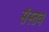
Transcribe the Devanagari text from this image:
संस्तव